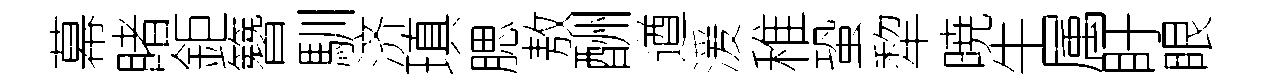
幕睹鉅簪馴济瑱腮敖酬遒湲稚蛩犂暁牛属盱眼